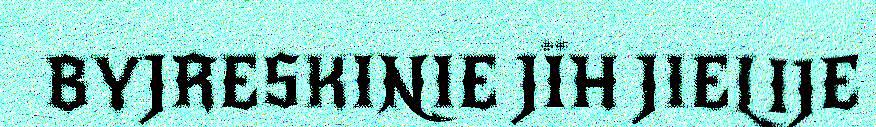
BYJRESKINIE JÏH JIELIJE